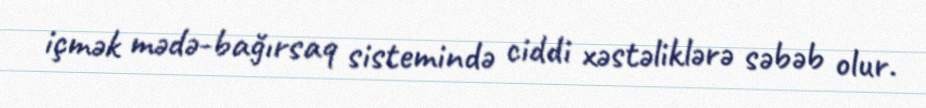
içmək mədə-bağırsaq sistemində ciddi xəstəliklərə səbəb olur.